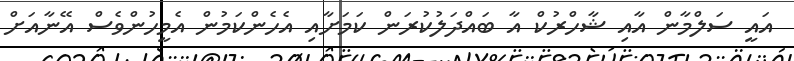
އައީ ސަލްމާން އާއި ޝާހްރުކް އާ ބައްދަލުކުރަން ކަމަށާއި އެހެންކަމުން އެމީހުންވެސް އޭނާއަށް